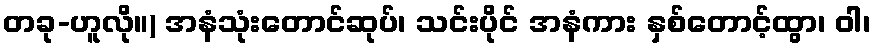
တခု-ဟူလို။) အနံသုံးတောင်ဆုပ်၊ သင်းပိုင် အနံကား နှစ်တောင့်ထွာ၊ ဝါ၊